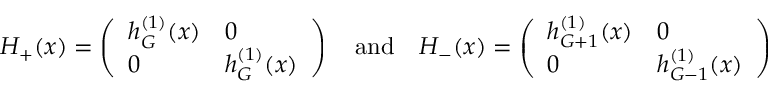
H _ { + } ( x ) = \left( \begin{array} { l l } { { h _ { G } ^ { ( 1 ) } ( x ) } } & { { 0 } } \\ { { 0 } } & { { h _ { G } ^ { ( 1 ) } ( x ) } } \end{array} \right) \quad \mathrm { a n d } \quad H _ { - } ( x ) = \left( \begin{array} { l l } { { h _ { G + 1 } ^ { ( 1 ) } ( x ) } } & { { 0 } } \\ { { 0 } } & { { h _ { G - 1 } ^ { ( 1 ) } ( x ) } } \end{array} \right)